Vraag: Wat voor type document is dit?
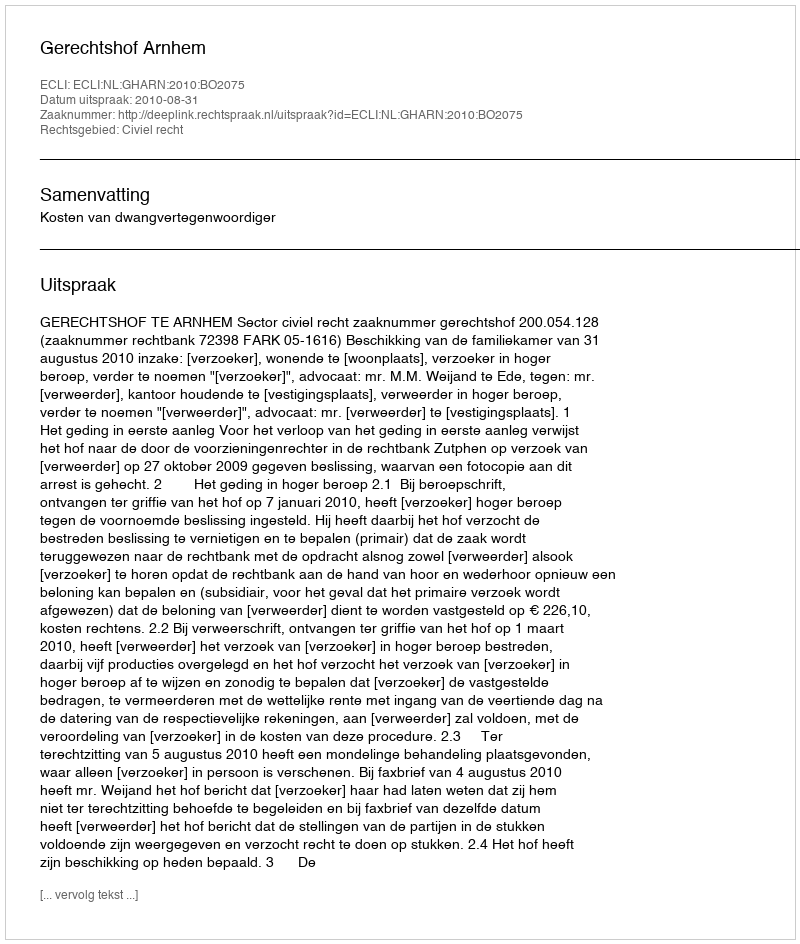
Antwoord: Uitspraak